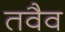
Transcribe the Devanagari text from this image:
तवैव